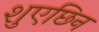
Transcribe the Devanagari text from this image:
शुएछिन